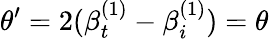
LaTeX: \theta^{\prime}=2(\beta_{t}^{(1)}-\beta_{i}^{(1)})=\theta